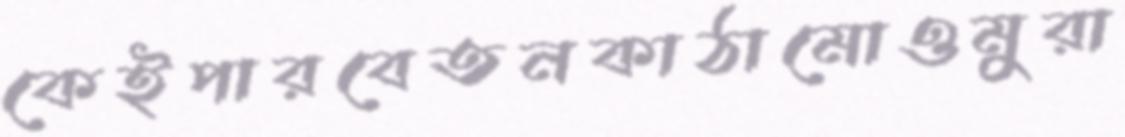
কেইপারবেতনকাঠামোওমুরা